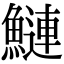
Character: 鰱